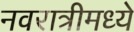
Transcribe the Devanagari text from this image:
नवरात्रीमध्ये